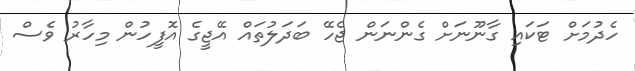
ހެދުމަށް ޓަކައި ގާނޫނަށް ގެންނަން ޖެހޭ ބަދަލުތައް އޭޖީގެ އޮފީހުން މިހާރު ވެސް